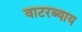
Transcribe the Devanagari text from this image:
वाटरब्याय